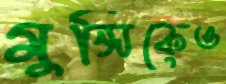
মুন্সিকেও